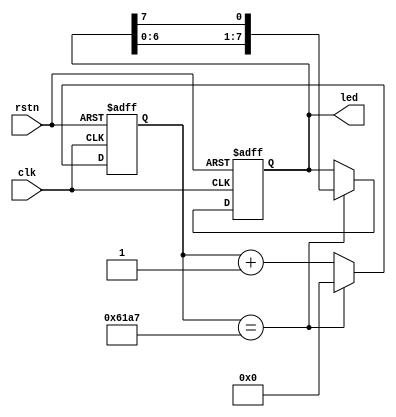
module led_run(
    clk,
    rstn,
    led
    );
    
    input clk;
    input rstn;
    output reg [7:0] led;
    
    reg[24:0] counter;
    
always@(posedge clk or negedge rstn) begin
    if(!rstn)
        counter <= 0;
//1
//     else if(counter == 25'd24999999)   
    else if(counter == 25'd24999)
        counter <= 0;      
      else
        counter <= counter + 1'b1;
end
      
always@(posedge clk or negedge rstn)    begin
     if(!rstn)
        led <= 8'b0000_0001;
//    else if(counter == 25'd2499_9999)begin
     else if(counter == 25'd24999) 
  /*       
   begin
        if (led ==8'b1000_0000)
                 led <= 8'b0000_0001;
             else
                  led <= led<<1;
            end
  */
 //
        led <= {led[6:0],led[7]};    
      else
         led <=led;
end
      
      
//388
/*reg [2:0] cnt2;
always@(posedge clk or negedge rstn) begin
    if(!rstn)
        cnt2 <= 0; 
      else if(counter == 25'd24999) 
        cnt2 <= cnt2 + 1'b1;
end    

decoder38 decoder38(
	.a(cnt2[2]),
	.b(cnt2[1]),
	.c(cnt2[0]),
	.data(led)//leddecoderegreg
);
  
  */    
endmodule